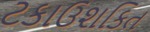
ટકાઉશકિત